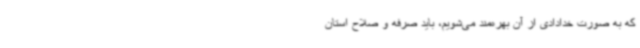
که به صورت خدادادی از آن بهره‌مند می‌شویم، باید صرفه و صلاح استان